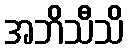
အဘိသီသိ